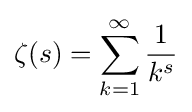
\zeta (s)=\sum _{k=1}^{\infty }{\frac {1}{k^{s}}}